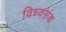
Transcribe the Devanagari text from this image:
विध्वसंक